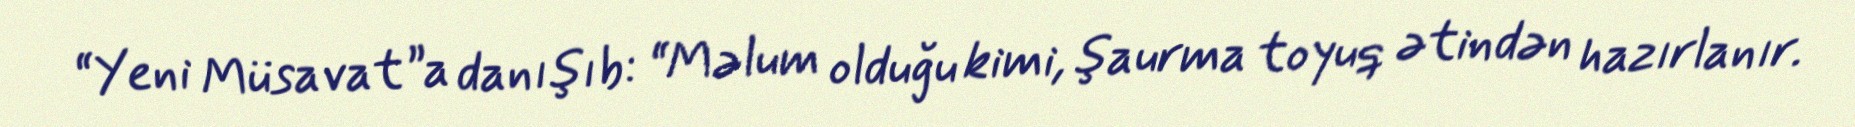
“Yeni Müsavat”a danışıb: “Məlum olduğu kimi, şaurma toyuq ətindən hazırlanır.